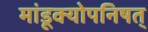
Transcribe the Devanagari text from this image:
मांडूक्योपनिषत्